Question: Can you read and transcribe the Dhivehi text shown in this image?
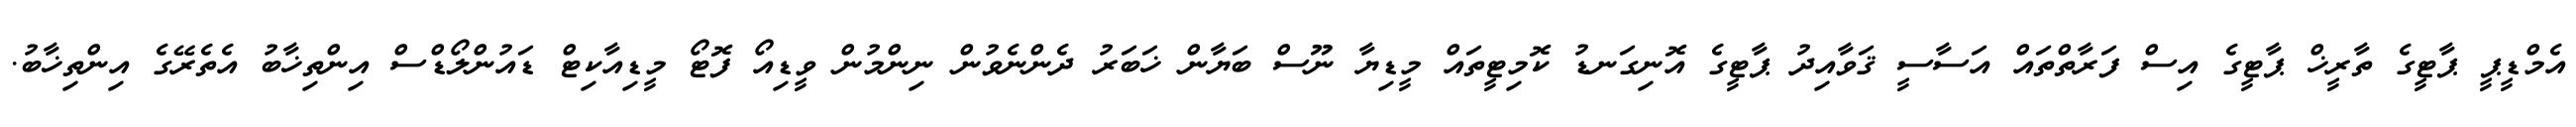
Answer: އެމްޑީޕީ ޕާޓީގެ ތާރީޚް ޕާޓީގެ އިސް ފަރާތްތައް އަސާސީ ޤަވާއިދު ޕާޓީގެ އޮނިގަނޑު ކޮމިޓީތައް މީޑިޔާ ނޫސް ބަޔާން ޚަބަރު ދެންނެވުން ނިންމުން ވީޑިއޯ ފޮޓޯ މީޑިއާކިޓް ޑައުންލޯޑްސް އިންތިޚާބު އެތެރޭގެ އިންތިޚާބު.